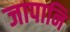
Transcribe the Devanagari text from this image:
जापानि